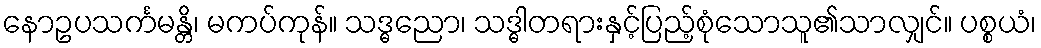
နောဥပသင်္ကမန္တိ၊ မကပ်ကုန်။ သဒ္ဓညော၊ သဒ္ဓါတရားနှင့်ပြည့်စုံသောသူ၏သာလျှင်။ ပစ္စယံ၊